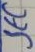
Text: SEC